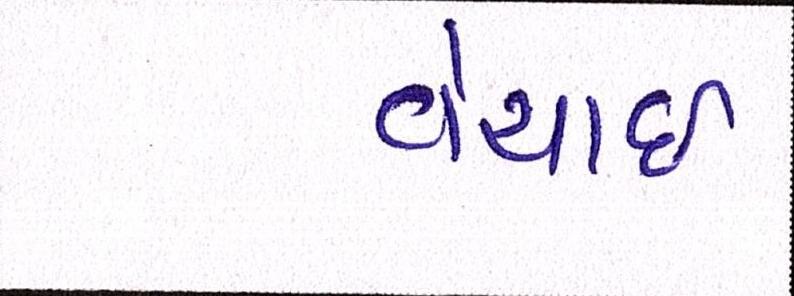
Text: વેચાઈ